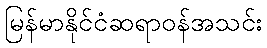
မြန်မာနိုင်ငံဆရာဝန်အသင်း